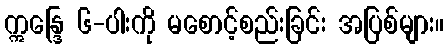
ဣန္ဒြေ ၆-ပါးကို မစောင့်စည်းခြင်း အပြစ်များ။